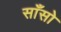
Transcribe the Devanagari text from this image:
साँसो